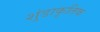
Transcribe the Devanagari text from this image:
शुंडाकृतिक